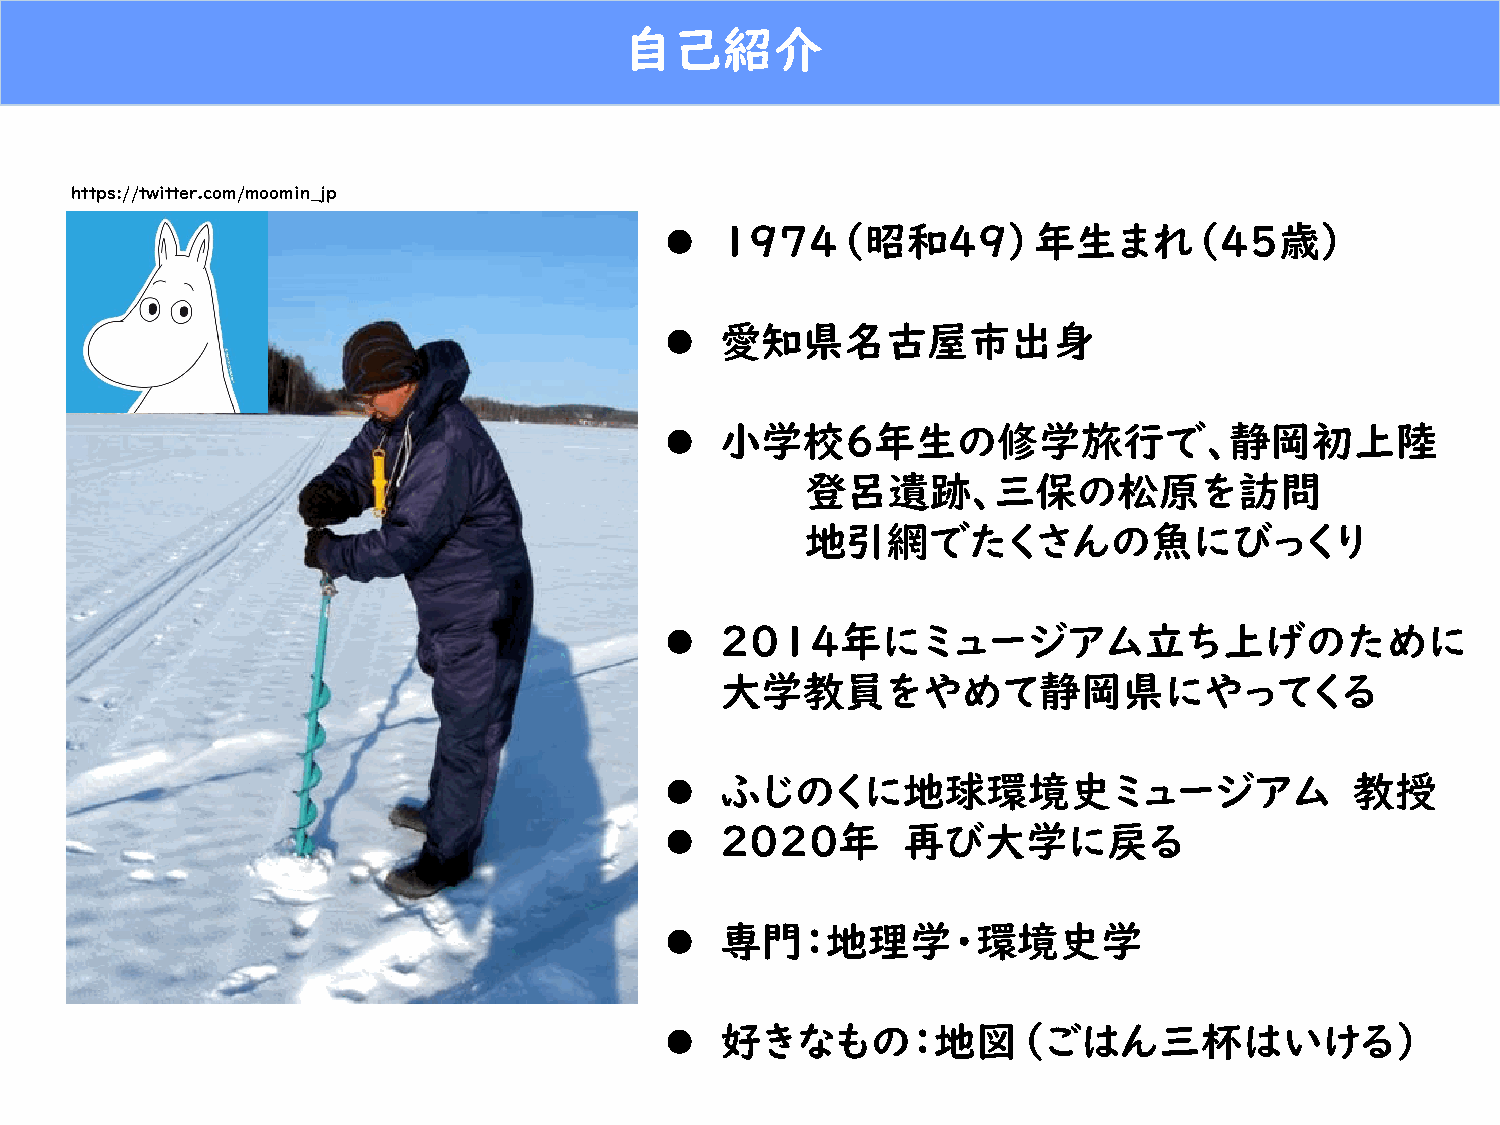
自己紹介
 https://twitter.com/moomin_jp
    1974（昭和49）年生まれ（4５歳）
    愛知県名古屋市出身
    小学校６年生の修学旅行で、静岡初上陸
 登呂遺跡、三保の松原を訪問
 地引網でたくさんの魚にびっくり
    ２０１４年にミュージアム立ち上げのために
 大学教員をやめて静岡県にやってくる
    ふじのくに地球環境史ミュージアム                          教授
    2020年       再び大学に戻る
    専門：地理学・環境史学
    好きなもの：地図（ごはん三杯はいける）